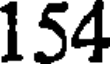
154